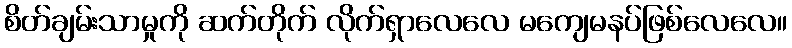
စိတ်ချမ်းသာမှုကို ဆက်တိုက် လိုက်ရှာလေလေ မကျေမနပ်ဖြစ်လေလေ။